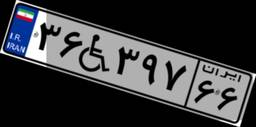
۳۶W۳۹۷۶۶